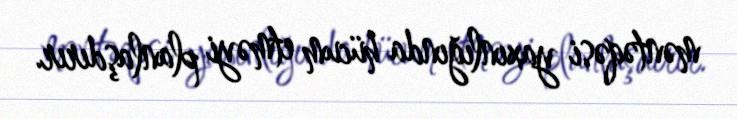
məntəqəsi yaxınlığında hücum etməyi planlaşdırır.